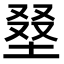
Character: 𡌭